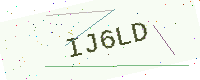
Text: IJ6LD